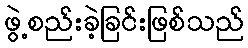
ဖွဲ့စည်းခဲ့ခြင်းဖြစ်သည်